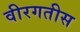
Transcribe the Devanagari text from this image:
वीरगतीस